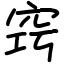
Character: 窍